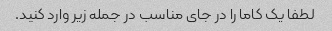
لطفا یک کاما را در جای مناسب در جمله زیر وارد کنید.